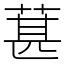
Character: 葚